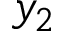
y _ { 2 }